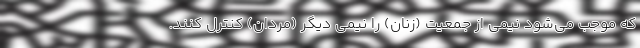
که موجب می‌شود نیمی از جمعیت (زنان) را نیمی دیگر (مردان) کنترل کنند.